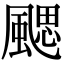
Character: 颸